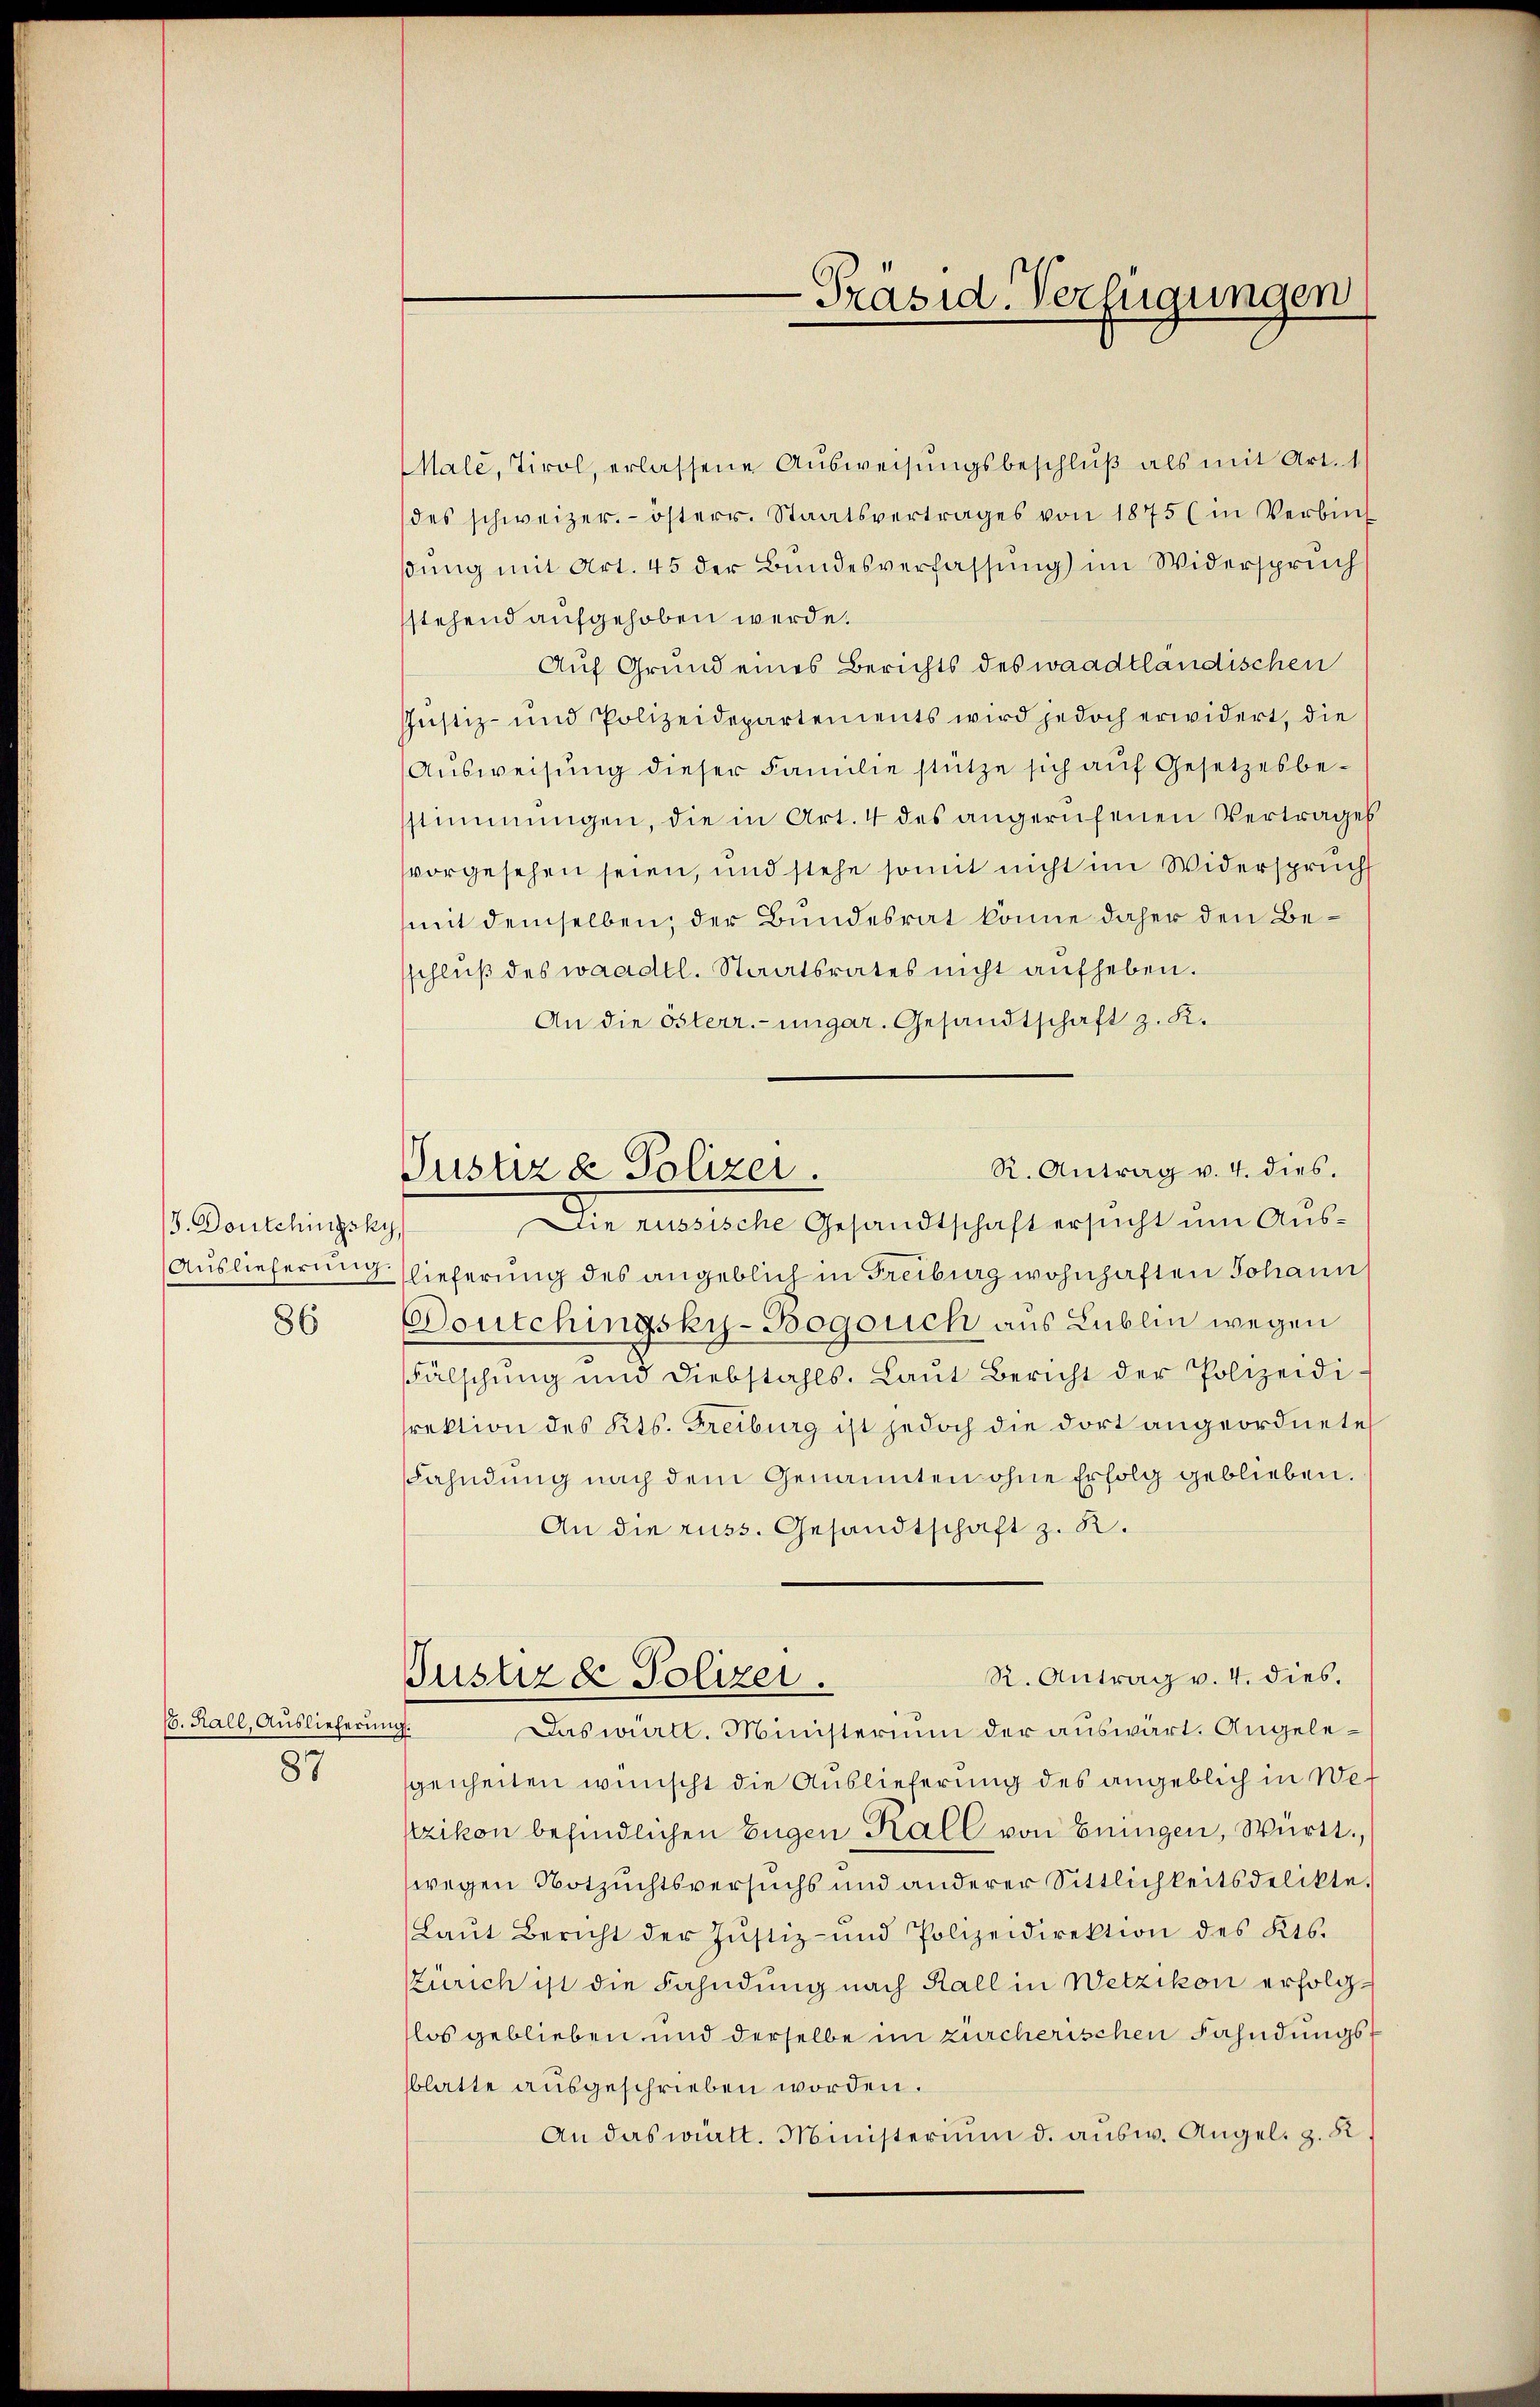
/5. Dortchingsky,
Auslieferung.
86

(6. Kall, Auslieferung.
87

R. Antrag v. 4. dies.
Justiz & Polizei.

Male, Tirol, erlassene Aŭsweisŭngsbeschlŭβ als mit Art. 1
des schweizer.- österr. Staatsvertrages von 1875 (in Verbin
ßung mit Art. 45 der Bundesverfassung) im Widerspruch
stehend aufgehoben werde.
Auf Grund eines Berichts des waadtländischen
Justiz- und Polizeidepartements wird jedoch erwidert, die
Ausweisung dieser Familie stütze sich auf Gesetzesbestimmungen, die in Art. 4 des angerufenen Vertrages
vorgesehen seien, und stehe somit nicht im Widerspruch
mit demselben, der Bundesrat könne daher den Besschluß des waadtl. Staatsrates nicht aufheben.
An die Österr.-ungar. Gesandtschaft z. K.
Die russische Gesandtschaft ersucht um Auslieferung des angeblich in Freiburg wohnhaften Johann
Doutchingsky-Bogouch aus Lublin wegen
Fälschŭng und Diebstahls. Laŭt Bericht der Polizeidi-
rektion des Kts. Freiburg ist jedoch die dort angeordnete
Fahndung nach dem Genannten ohne Erfolg geblieben.
An die russ. Gesandtschaft z. R.
R. Antrag v. 4. dies.
Justizde Polizei.
Das wirtt. Ministerium der auswärt. Angelegenheiten wünscht die Auslieferung des angeblich in We¬
Itzikon befindlichen Eugen Kall von bringen, Württ.
(wegen Notzuchtsversuchs und anderer Sittlichkeitsdelikte.
(Laŭt Bericht der Justiz- und Polizeidirektion des Kts.
Zürich ist die Fahndung nach Kall in Wetzikon erfolglos geblieben und derselbe im zürcherischen Fahndungssblatte ausgeschrieben worden.
An das wiatt. Ministerium d. ausw. Angel. z. R.

Präsid. Verfügungen